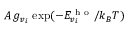
A \, g _ { v _ { i } } \, \exp ( - E _ { v _ { i } } ^ { \mathrm { ~ h ~ o ~ } } / k _ { B } T )